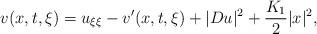
LaTeX: \begin{align*}v(x,t,\xi)=u_{\xi\xi}-v'(x,t,\xi)+ |Du|^2+ \frac{K_1}{2}|x|^2,\end{align*}